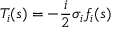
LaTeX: T _ { i } ( s ) = - \frac { i } { 2 } \sigma _ { i } f _ { i } ( s )